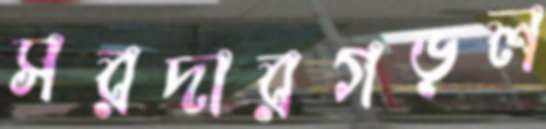
সরদারগড়ল